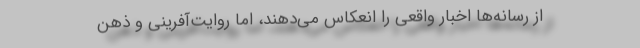
از رسانه‌ها اخبار واقعی را انعکاس می‌دهند، اما روایت‌آفرینی و ذهن